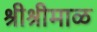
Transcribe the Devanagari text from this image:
श्रीश्रीमाळ